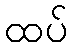
ထပ်